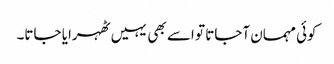
کوئی مہمان آجاتا تو اسے بھی یہیں ٹھہرایا جاتا۔